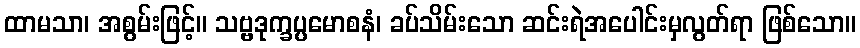
ထာမသာ၊ အစွမ်းဖြင့်။ သဗ္ဗဒုက္ခပ္ပမောစနံ၊ ခပ်သိမ်းသော ဆင်းရဲအပေါင်းမှလွတ်ရာ ဖြစ်သော။